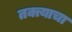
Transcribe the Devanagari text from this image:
तक्त्याचा